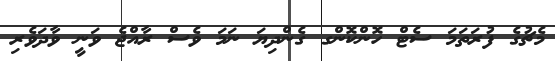
މެޗުގެ ފުރަތަމަ ސެޓް ހޮންކޮންގ ގެންދިޔަ ނަމަ ވެސް ރާއްޖެ ވަނީ ވާދަވެރި